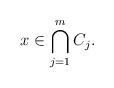
LaTeX: \begin{align*}x\in \bigcap_{j=1}^mC_j.\end{align*}